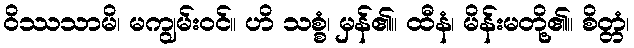
ဝိဿသာမိ၊ မကျွမ်းဝင်။ ဟိ သစ္စံ၊ မှန်၏။ ထီနံ၊ မိန်းမတို့၏။ စိတ္တံ၊